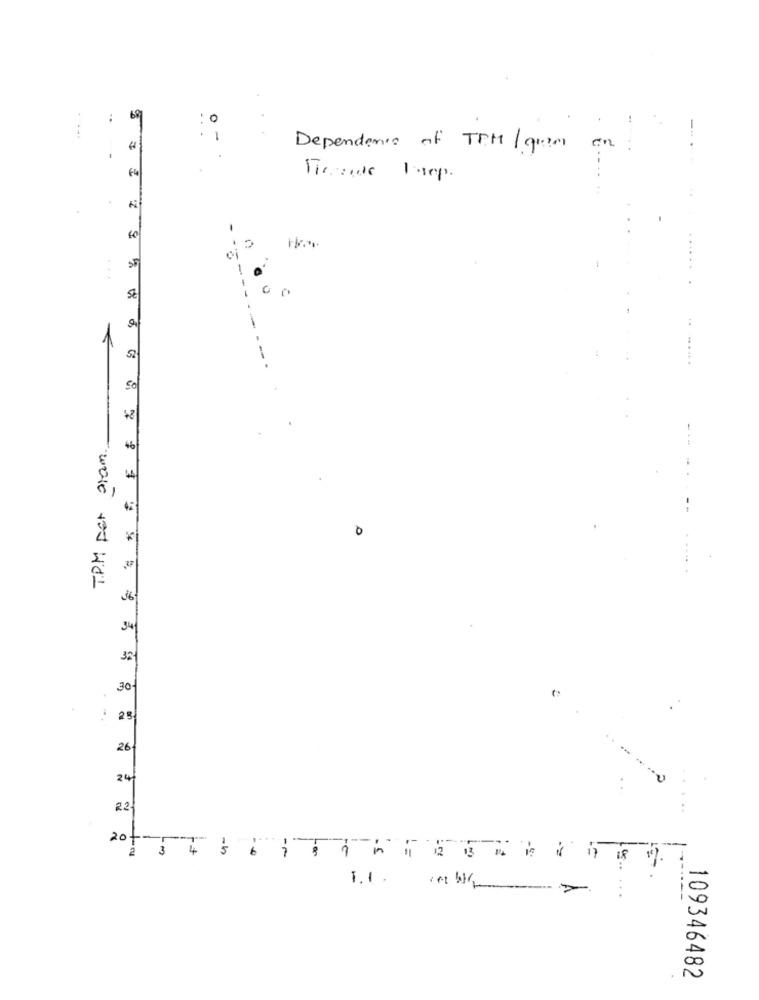
69
:0
...
-
Dependence of TRM/ gran on
€4
ci
-
01
St
1
--
So
-.
36
34
32
30
28
26
24
. .
22
20 --
3 4
1.1. (W>
... ...
109346482